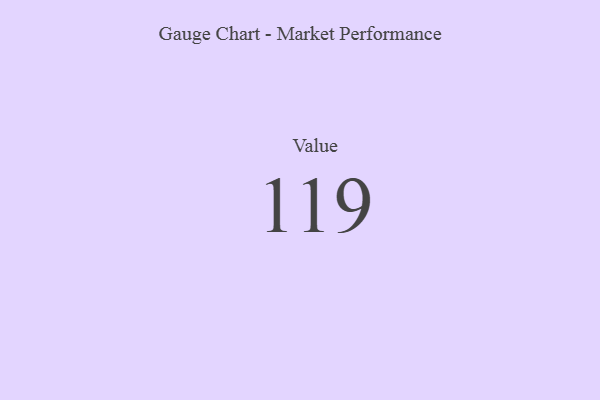
{"axis": {"x": "Metric", "y": "Value"}, "legend": [""], "data": [{"x": "Value", "y": 119, "type": ""}]}